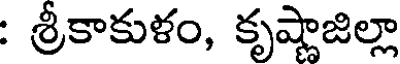
: శ్రీకాకుళం, కృష్ణాజిల్లా